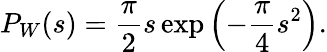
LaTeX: P_{W}(s)=\frac{\pi}{2}s\exp\left(-\frac{\pi}{4}s^{2}\right).